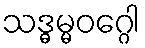
သဒ္ဓမ္မဝဂ္ဂေါ